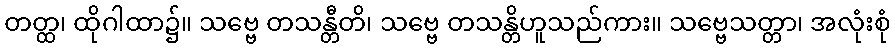
တတ္ထ၊ ထိုဂါထာ၌။ သဗ္ဗေ တသန္တီတိ၊ သဗ္ဗေ တသန္တိဟူသည်ကား။ သဗ္ဗေသတ္တာ၊ အလုံးစုံ